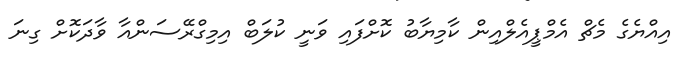
އިއްޔެގެ މެޗް އެމްޕީއެލްއިން ކާމިޔާބު ކޮށްފައި ވަނީ ކުލަބް އިމިގްރޭސަންއާ ވާދަކޮށް ގިނަ